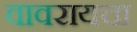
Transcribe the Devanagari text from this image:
वावरायचा